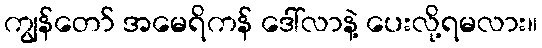
ကျွန်တော် အမေရိကန် ဒေါ်လာနဲ့ ပေးလို့ရမလား။